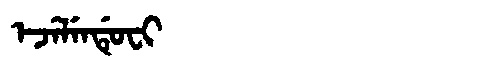
Manchu: ᡝᠵᡝᠯᡝᠨᡩᡠᠸᡳ
Romanization: EJELENDUFI